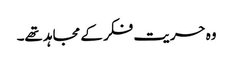
وہ حریت فکر کے مجاہد تھے۔